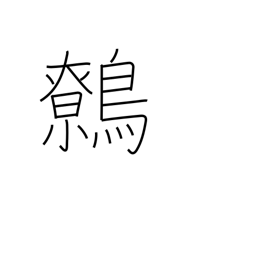
Meaning: wren